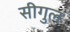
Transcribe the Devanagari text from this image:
सीगुल